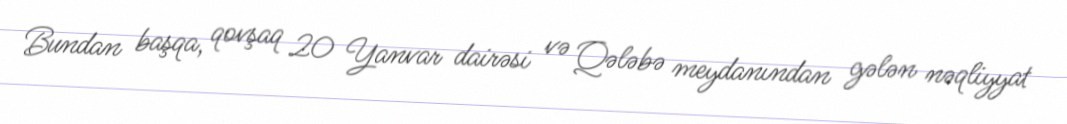
Bundan başqa, qovşaq 20 Yanvar dairəsi və Qələbə meydanından gələn nəqliyyat